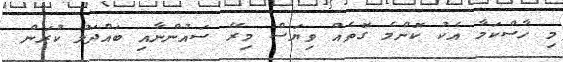
މި ހާސްކަމާ އެކު ކޮންމެ ގޮތެއް ވިޔަސް މިރޭ ސައުންނާއި ބައްދަލު ކުރަން